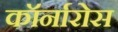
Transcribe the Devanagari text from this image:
कॉर्नारोस